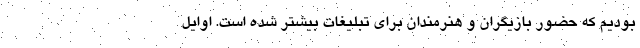
بودیم که حضور بازیگران و هنرمندان برای تبلیغات بیشتر شده است. اوایل